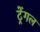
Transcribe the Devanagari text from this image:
ट्रेंगल